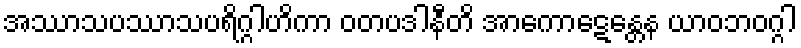
အဿာသပဿာသပရိဂ္ဂါဟိကာ ဝတပဒါနီတိ အာကောဋေန္တေန ယာဝဘဝဂ္ဂါ